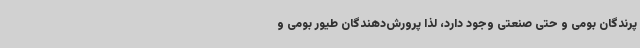
پرندگان بومی و حتی صنعتی وجود دارد، لذا پرورش‌دهندگان طیور بومی و